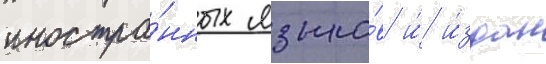
иностра́нных языко́в и́ и́здан